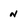
Character: n